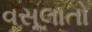
વસૂલાતો